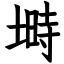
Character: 塒